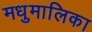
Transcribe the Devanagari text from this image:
मधुमालिका